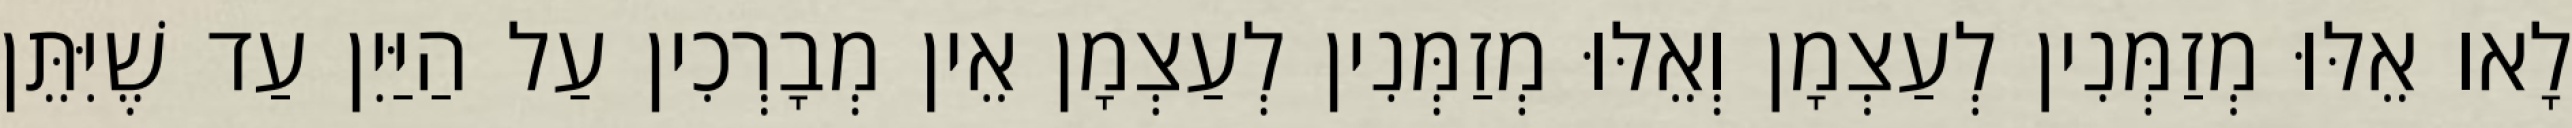
לָאו אֵלּוּ מְזַמְּנִין לְעַצְמָן וְאֵלּוּ מְזַמְּנִין לְעַצְמָן אֵין מְבָרְכִין עַל הַיַּיִן עַד שֶׁיִּתֵּן